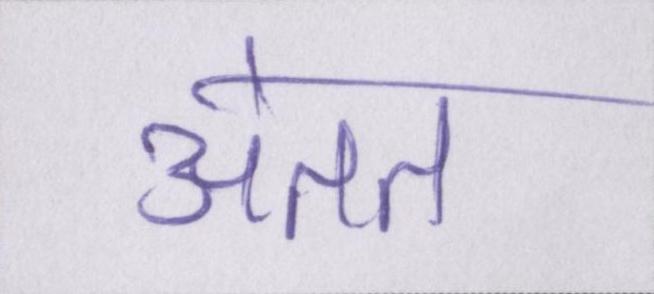
अंतत